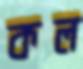
কল